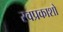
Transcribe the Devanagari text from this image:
स्वप्रकाशो